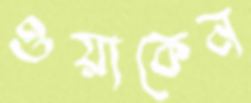
ওয়াকেন